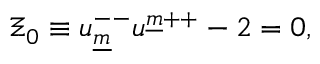
\Xi _ { { 0 } } \equiv u _ { \underline { { { m } } } } ^ { -- } u ^ { \underline { { { m } } } { + + } } - 2 = 0 ,